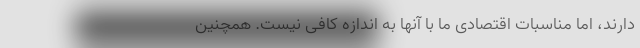
دارند، اما مناسبات اقتصادی ما با آنها به اندازه کافی نیست. همچنین